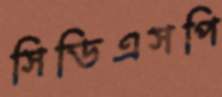
সিডিএসপি